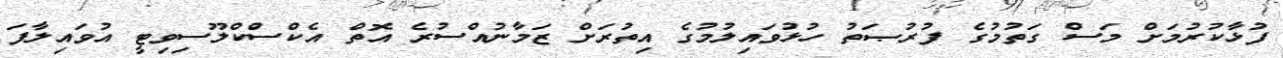
ފުޅާކުރުމަށް މަސް ގަތުމުގެ ފުރުޞަތު ހުޅުވައިލުމުގެ އިތުރަށް ޒަމާނުއްސުރެ އޮތް އެކްސްުކްލޫސިވިޓީ އުވައިލާފަ